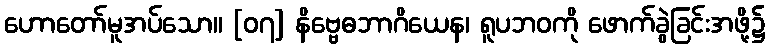
ဟောတော်မူအပ်သော။ [၀၇] နိဗ္ဗေဓဘာဂိယေန၊ ရူပဘဝကို ဖောက်ခွဲခြင်းအဖို့၌